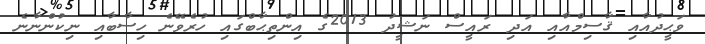
ވަޙީދުއާއި ޤާސިމްއާއި އަދި ރައީސް ނަޝީދު 2013ގެ އިންތިޙާބްގައި ހުރެވޭނެ ހިސާބާއި ނިކުންނާނެ